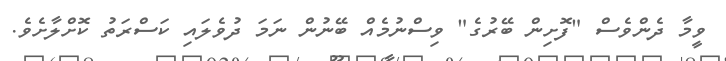
ވީމާ ދެންވެސް "ފޮށިން ބޭރުގެ" ވިސްނުމެއް ބޭނުން ނަމަ ދުވެލައި ކަސްރަތު ކޮށްލާށެވެ.